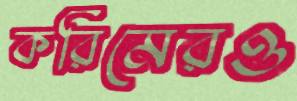
করিমেরও